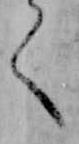
く